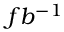
f b ^ { - 1 }